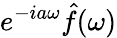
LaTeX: e^{-ia\omega}{\hat{f}}(\omega)